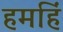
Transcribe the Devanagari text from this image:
हमहिं